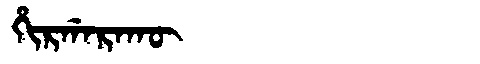
Manchu: ᡥᡳᡵᡤᠠᡵᠠᡴᡡ
Romanization: HIRGARAKŪ